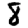
Digit: 8